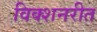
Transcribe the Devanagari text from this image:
विक्शनरीत